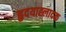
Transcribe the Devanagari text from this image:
हृदयाह्लादक